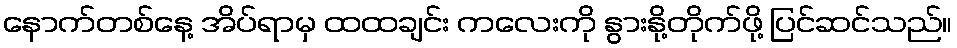
နောက်တစ်နေ့ အိပ်ရာမှ ထထချင်း ကလေးကို နွားနို့တိုက်ဖို့ ပြင်ဆင်သည်။